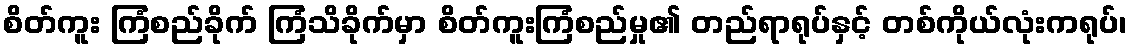
စိတ်ကူး ကြံစည်ခိုက် ကြံသိခိုက်မှာ စိတ်ကူးကြံစည်မှု၏ တည်ရာရုပ်နှင့် တစ်ကိုယ်လုံးကရုပ်၊